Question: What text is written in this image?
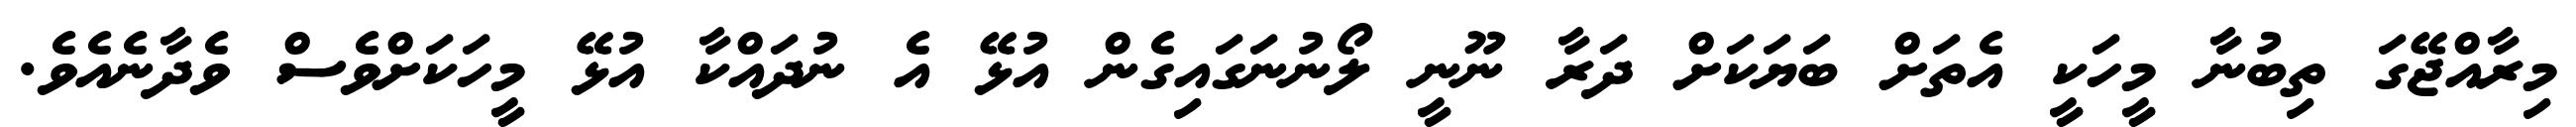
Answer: މިރާއްޖޭގަ ތިބުނާ މީހަކީ އެތަށް ބަޔަކަށް ދަރާ ނޫނީ ލޯނުނަގައިގެން އުޅޭ އެ ނުދައްކާ އުޅޭ މީހަކަށްވެސް ވެދާނެއެވެ.